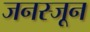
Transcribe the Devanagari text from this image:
जनस्जून